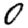
Digit: 0